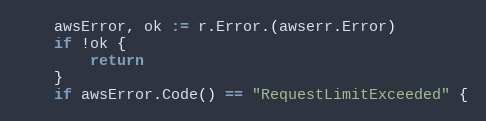
Language: Go
	awsError, ok := r.Error.(awserr.Error)
	if !ok {
		return
	}
	if awsError.Code() == "RequestLimitExceeded" {